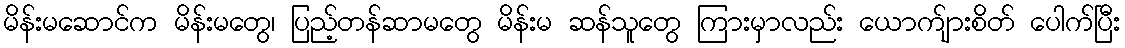
မိန်းမဆောင်က မိန်းမတွေ၊ ပြည့်တန်ဆာမတွေ မိန်းမ ဆန်သူတွေ ကြားမှာလည်း ယောက်ျားစိတ် ပေါက်ပြီး